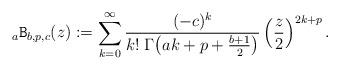
LaTeX: \begin{align*}{}_a\mathtt{B}_{b, p, c}(z):= \sum_{k=0}^\infty \frac{(-c)^k}{k! \; \mathrm{\Gamma}{\left( a k +p+\frac{b+1}{2}\right)} } \left(\frac{z}{2}\right)^{2k+p}.\end{align*}